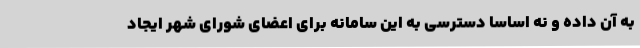
به آن داده و نه اساسا دسترسی به این سامانه برای اعضای شورای شهر ایجاد